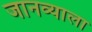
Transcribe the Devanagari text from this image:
जानव्याला